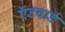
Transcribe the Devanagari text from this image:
ऍडवार्ड